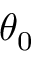
\theta _ { 0 }